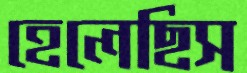
হেলেছিস